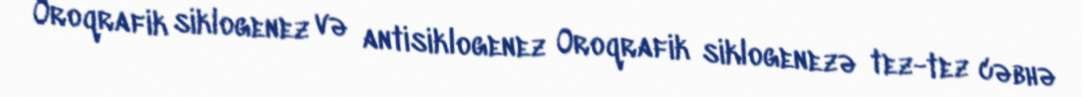
Oroqrafik siklogenez və antisiklogenez Oroqrafik siklogenezə tez-tez cəbhə